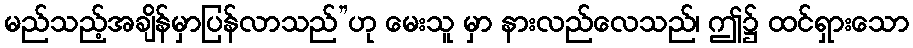
မည်သည့်အချိန်မှာပြန်လာသည်”ဟု မေးသူ မှာ နားလည်လေသည်၊ ဤ၌ ထင်ရှားသော